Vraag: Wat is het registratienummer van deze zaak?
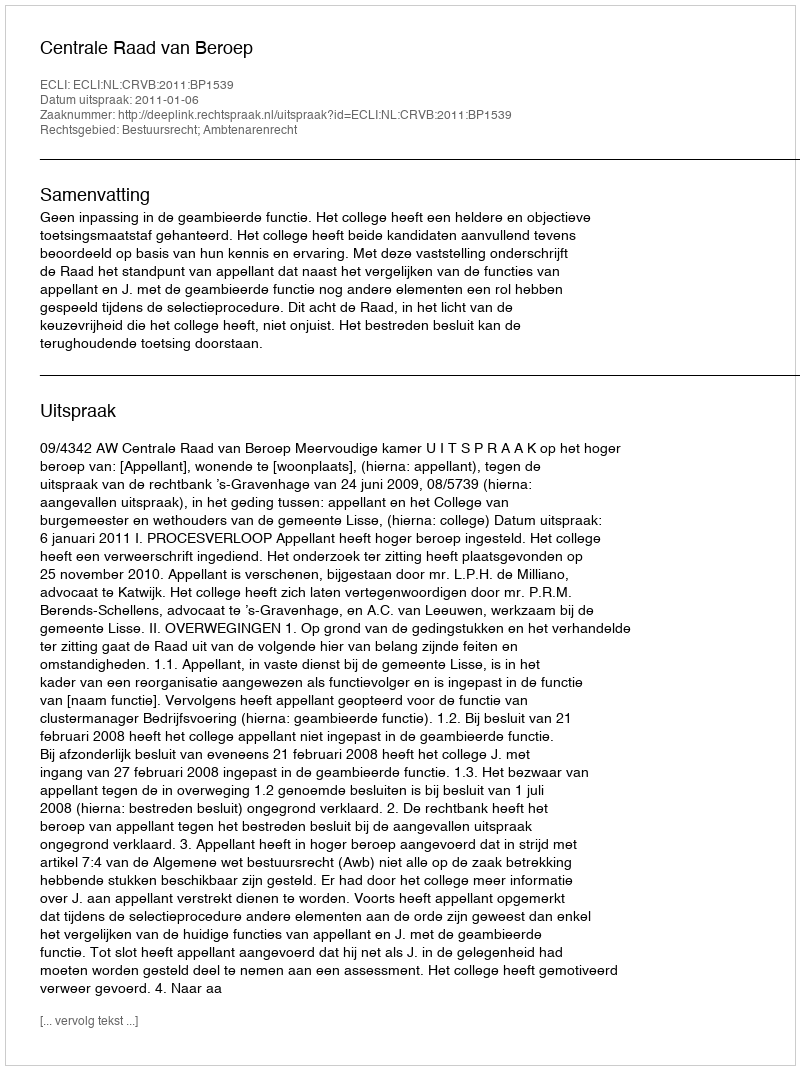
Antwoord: http://deeplink.rechtspraak.nl/uitspraak?id=ECLI:NL:CRVB:2011:BP1539